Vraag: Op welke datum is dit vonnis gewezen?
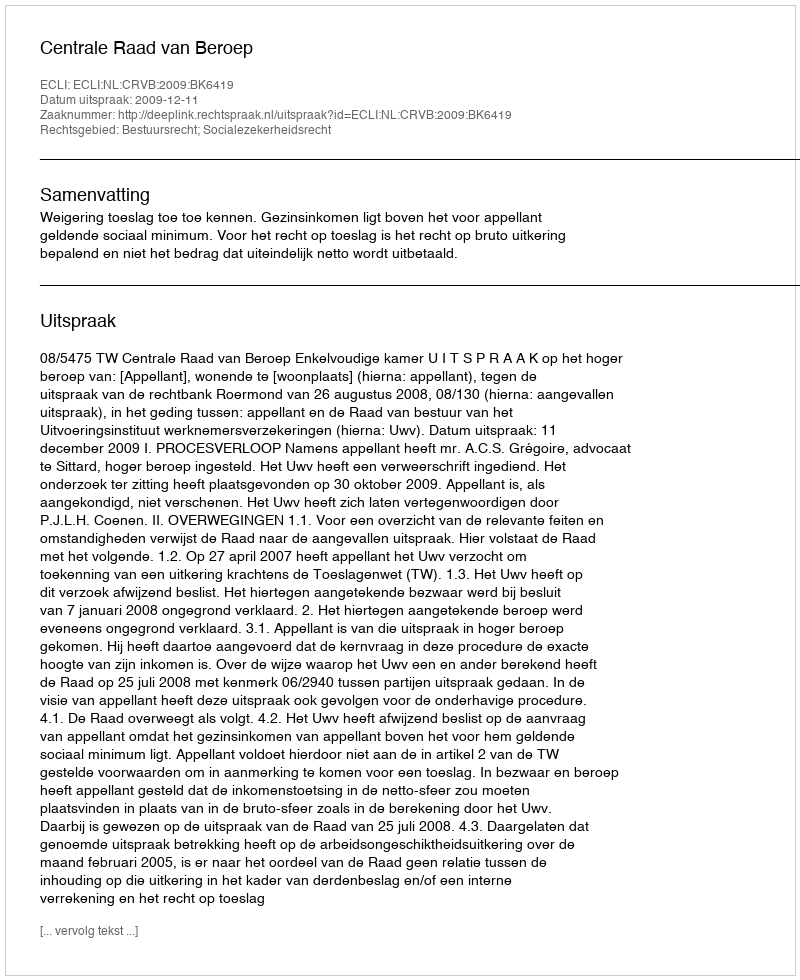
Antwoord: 2009-12-11